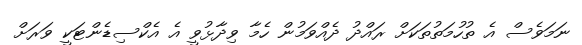
ނަމަވެސް އެ ތުހުމަތުތަކަށް ރައްދު ދެއްވަމުން ހެމާ ވިދާޅުވީ އެ އެކްސިޑެންޓަކީ ވަރަށް